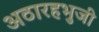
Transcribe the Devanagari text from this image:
अठारहभुजी